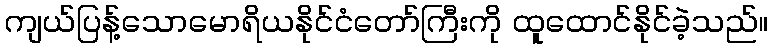
ကျယ်ပြန့်သောမောရိယနိုင်ငံတော်ကြီးကို ထူထောင်နိုင်ခဲ့သည်။